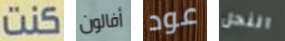
كنت أفالون عود النحل